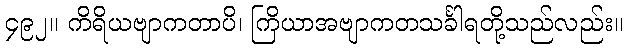
၄၉၂။ ကိရိယဗျာကတာပိ၊ ကြိယာအဗျာကတသင်္ခါရတို့သည်လည်း။